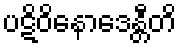
ပဋိဝိနောဒေန္တီတိ